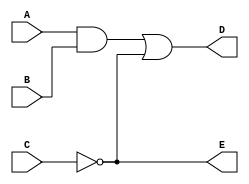
`timescale 1ns/1ns
module and_or_prop_delay(A,B,C,D,E);
    input A,B,C;
    output D,E;
    wire w1;
    and  #30 (w1,A,B);
    not  #10 (E,C);
    or #20  (D,w1,E);
endmodule